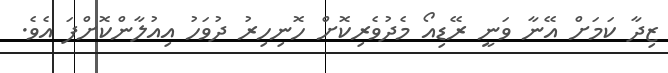
ޒިދާ ކަމަށް އޭނާ ވަނީ ރޭޑިއޯ މެދުވެރިކޮށް ހޮނިހިރު ދުވަހު އިއުލާންކޮށްފަ އެވެ.